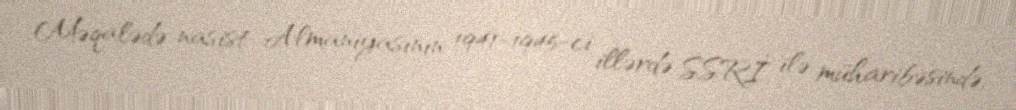
Məqalədə nasist Almaniyasının 1941-1945-ci illərdə SSRİ ilə müharibəsində,